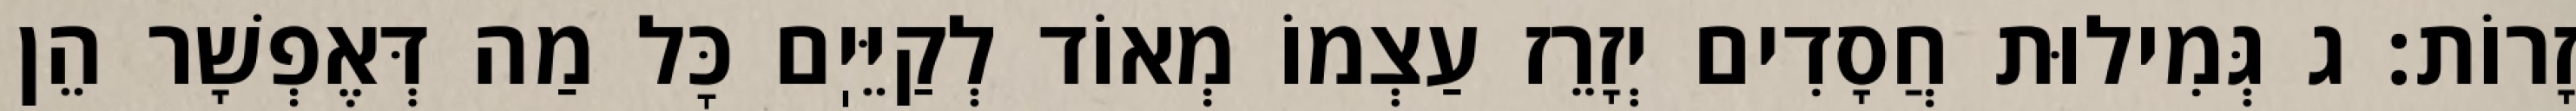
זָרוֹת: ג גְּמִילוּת חֲסָדִים יְזָרֵז עַצְמוֹ מְאוֹד לְקַיֵּיֽם כׇּל מַה דְּאֶפְשָׁר הֵן